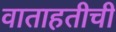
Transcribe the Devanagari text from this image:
वाताहतीची